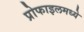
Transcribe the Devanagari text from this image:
प्रोफाइलमध्ये